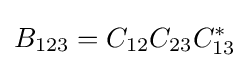
B_{123}=C_{12}C_{23}C_{13}^{*}